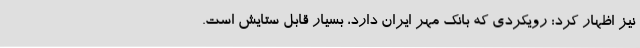
نیز اظهار کرد: رویکردی که بانک مهر ایران دارد، بسیار قابل ستایش است.